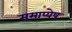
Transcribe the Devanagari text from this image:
ममाप्येष